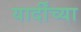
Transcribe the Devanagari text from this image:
यार्दींच्या